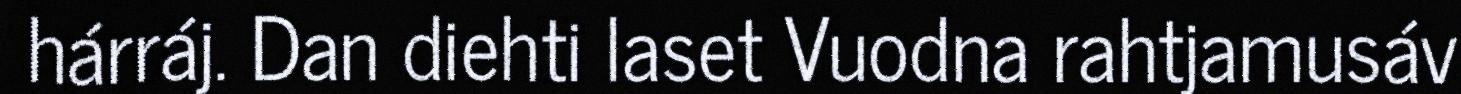
hárráj. Dan diehti laset Vuodna rahtjamusáv